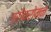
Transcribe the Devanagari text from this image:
ग्रीकरोमन